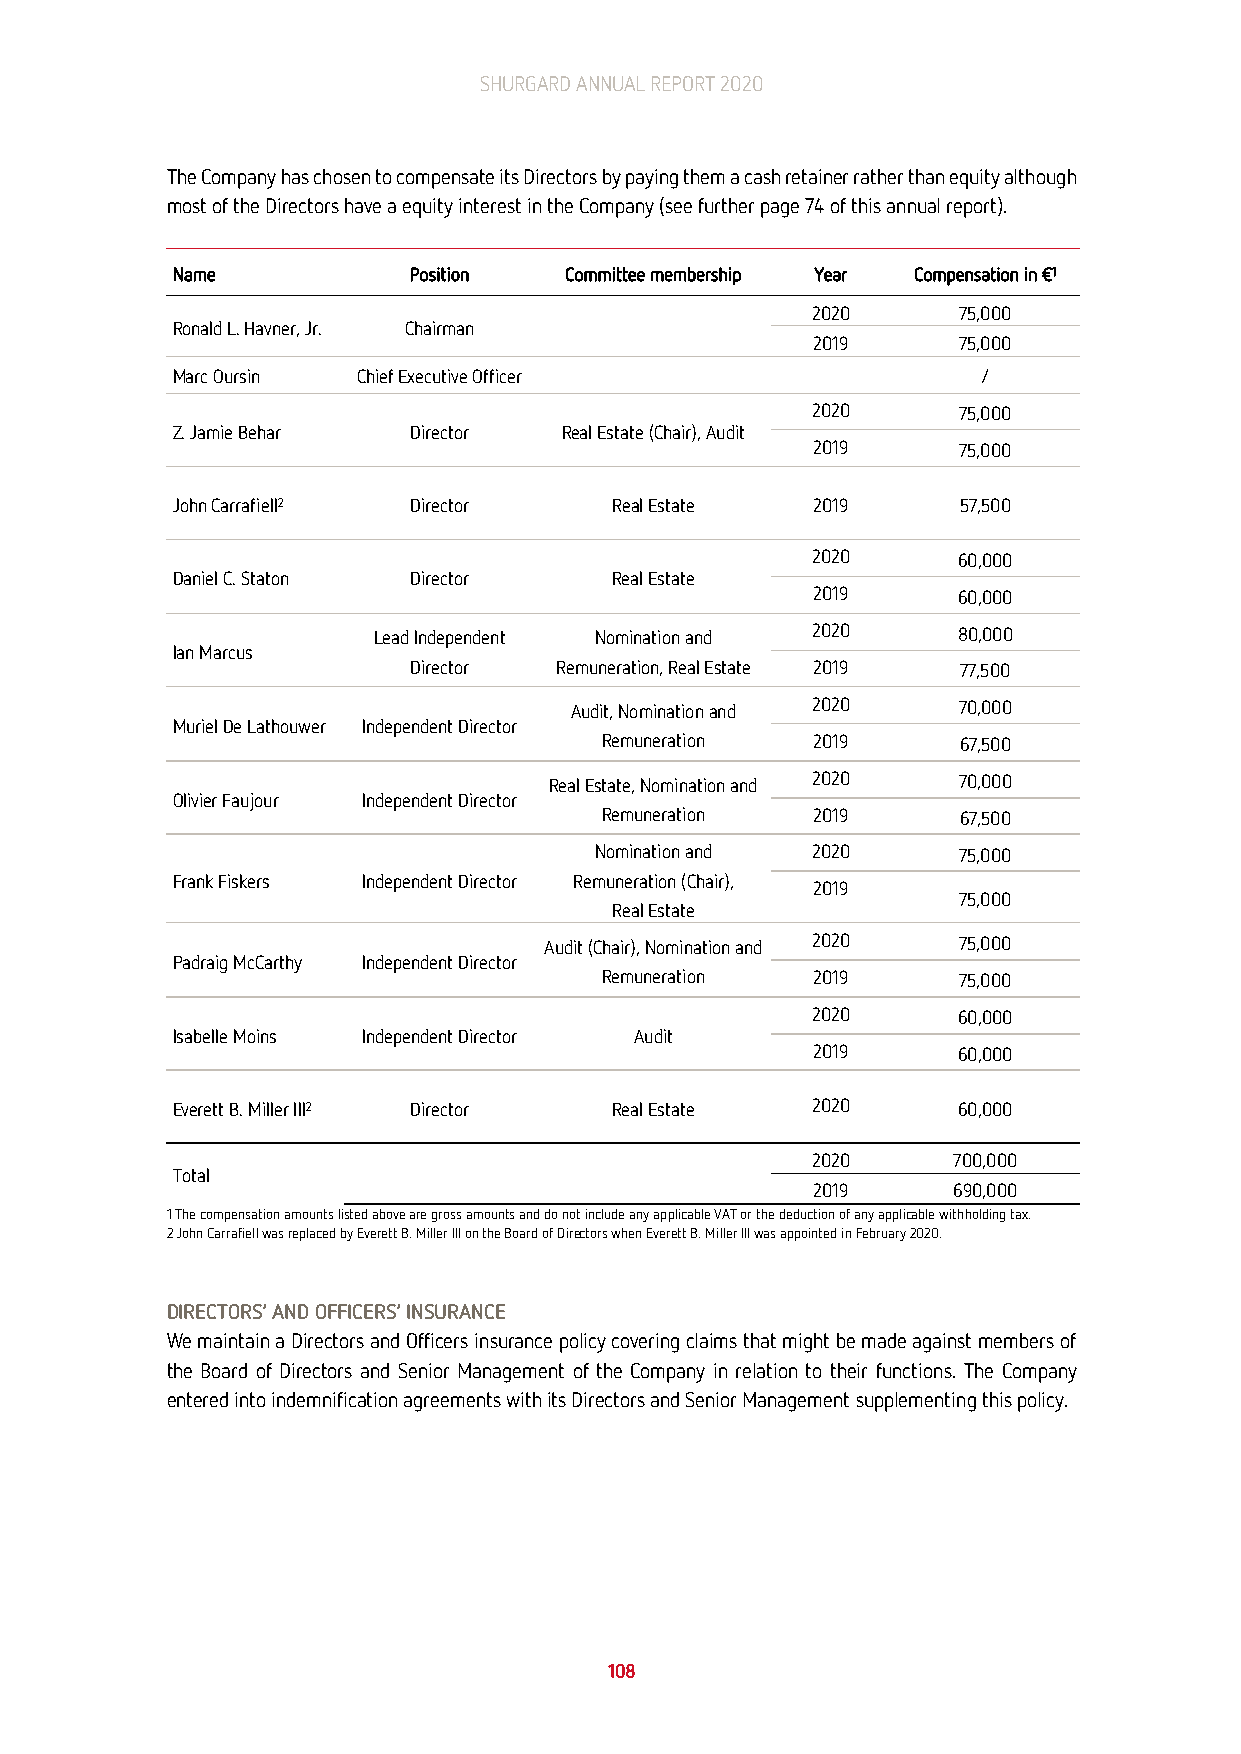
SHURGARD ANNUAL REPORT 2020
 The Company has chosen to compensate its Directors by paying them a cash retainer rather than equity although
 most of the Directors have a equity interest in the Company (see further page 74 of this annual report).
 Name            Position  Committee membership Year Compensation in €1
 2020     75,000
 Ronald L. Havner, Jr. Chairman
 2019     75,000
 Marc Oursin  Chief Executive Officer                  /
 2020     75,000
 Z. Jamie Behar  Director  Real Estate (Chair), Audit
 2019     75,000
 John Carrafiell2 Director     Real Estate  2019     57,500
 2020     60,000
 Daniel C. Staton Director     Real Estate
 2019     60,000
 Lead Independent Nomination and 2020  80,000
 Ian Marcus
 Director  Remuneration, Real Estate 2019 77,500
 Audit, Nomination and 2020 70,000
 Muriel De Lathouwer Independent Director
 Remuneration  2019     67,500
 Real Estate, Nomination and 2020 70,000
 Olivier Faujour Independent Director
 Remuneration  2019     67,500
 Nomination and 2020     75,000
 Frank Fiskers Independent Director Remuneration (Chair),
 2019
 75,000
 Real Estate
 Audit (Chair), Nomination and 2020 75,000
 Padraig McCarthy Independent Director
 Remuneration  2019     75,000
 2020     60,000
 Isabelle Moins Independent Director Audit
 2019     60,000
 Everett B. Miller III2 Director Real Estate 2020    60,000
 2020     700,000
 Total
 2019     690,000
 1 The compensation amounts listed above are gross amounts and do not include any applicable VAT or the deduction of any applicable withholding tax.
 2 John Carrafiell was replaced by Everett B. Miller III on the Board of Directors when Everett B. Miller III was appointed in February 2020.
 DIRECTORS’ AND OFFICERS’ INSURANCE
 We maintain a Directors and Officers insurance policy covering claims that might be made against members of
 the Board of Directors and Senior Management of the Company in relation to their functions. The Company
 entered into indemnification agreements with its Directors and Senior Management supplementing this policy.
 108